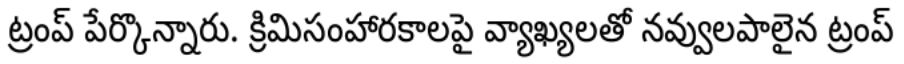
ట్రంప్ పేర్కొన్నారు. క్రిమిసంహారకాలపై వ్యాఖ్యలతో నవ్వులపాలైన ట్రంప్